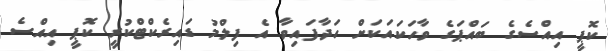
ކޮޕީ އިއްސެގެ ބައްޕަގެ ވާހަކައަކަށް ހަދާފައިވާ އެ ފިލްމު ޑައިރެކްޓްކުރީ ކޮޕީ އިއްސެ